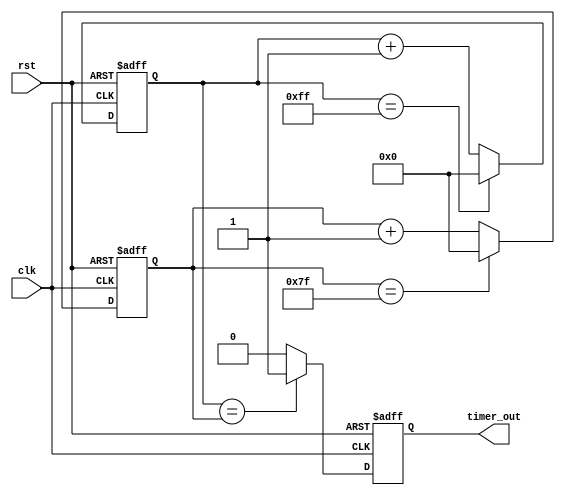
module Multirate_Timer (
    input wire clk,
    input wire rst,
    output wire timer_out
);

reg [7:0] counter_1;
reg [7:0] counter_2;
reg [7:0] comparator_out;

always @ (posedge clk or posedge rst) begin
    if (rst) begin
        counter_1 <= 8'b0;
        counter_2 <= 8'b0;
        comparator_out <= 8'b0;
    end else begin
        counter_1 <= counter_1 + 1;
        counter_2 <= counter_2 + 1;
        
        if (counter_1 == 8'd255) begin
            counter_1 <= 8'b0;
        end
        
        if (counter_2 == 8'd127) begin
            counter_2 <= 8'b0;
        end
        
        if (counter_1 == counter_2) begin
            comparator_out <= 8'b1;
        end else begin
            comparator_out <= 8'b0;
        end
    end
end

assign timer_out = comparator_out;

endmodule